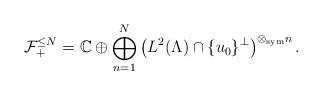
\begin{align*}\mathcal{F}^{\le N}_+ = \mathbb{C}\oplus\bigoplus_{n=1}^N \left( L^2(\Lambda)\cap \{u_0\}^\perp\right)^{\otimes_\mathrm{sym}n}.\end{align*}